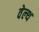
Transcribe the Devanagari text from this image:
वेल्‍थ